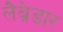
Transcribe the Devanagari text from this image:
लैब्रेडार